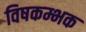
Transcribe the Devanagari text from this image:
विषकम्भक